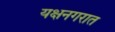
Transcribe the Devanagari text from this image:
यक्षनगरात